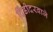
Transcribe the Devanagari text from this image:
दिंडीदरवाजे